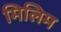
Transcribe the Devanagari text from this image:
मिलिम